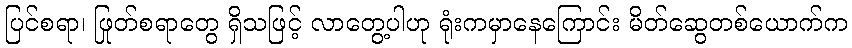
ပြင်စရာ၊ ဖြုတ်စရာတွေ ရှိသဖြင့် လာတွေ့ပါဟု ရုံးကမှာနေကြောင်း မိတ်ဆွေတစ်ယောက်က